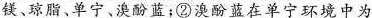
镁、琼脂、单宁、溴酚蓝；②溴酚蓝在单宁环境中为